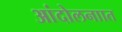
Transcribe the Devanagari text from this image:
आंदोलनाात